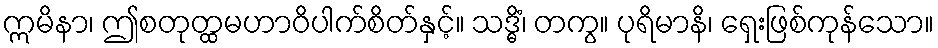
ဣမိနာ၊ ဤစတုတ္ထမဟာဝိပါက်စိတ်နှင့်။ သဒ္ဓိံ၊ တကွ။ ပုရိမာနိ၊ ရှေးဖြစ်ကုန်သော။